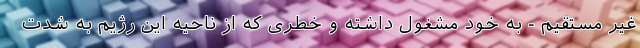
غیر مستقیم - به خود مشغول داشته و خطری که از ناحیه این رژیم به شدت